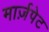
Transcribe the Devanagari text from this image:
मार्ज़पेट